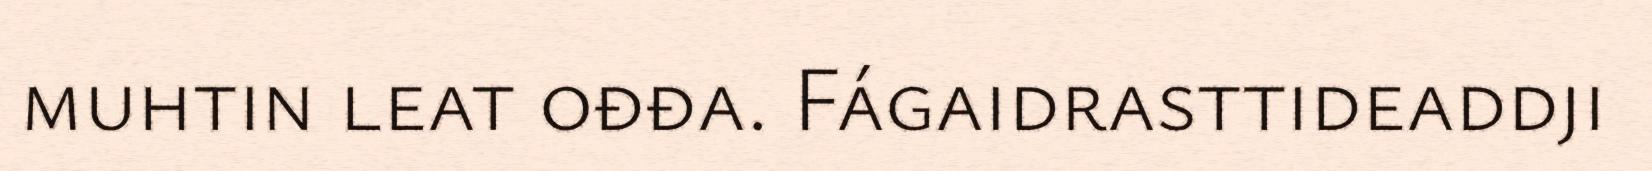
muhtin leat ođđa. Fágaidrasttideaddji